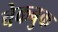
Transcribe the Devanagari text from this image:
चेकबुक